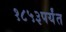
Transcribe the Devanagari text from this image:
१८५३पर्यंत